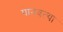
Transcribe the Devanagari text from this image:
पानवल्या